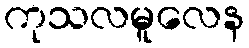
ကုသလမူလေန